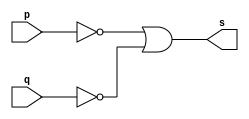
//--------------------------------------
//Exercicio0004 - NAND DeMorgan
//Nome: Mateus Guilherme do Carmo Cruz
//Matrcula: 427446
//---------------------------------------

//------------------
//-- NAND gate
//------------------

module nandgate(output s,
						input p,
						input q);
	assign s = ~p | ~q;
endmodule//nandgate

//--------------------
//-- test nand gate
//--------------------

module testnandgate;
	//------------ definir dados
	reg a,b;	//definir registradores
	wire s;	//conexo(fio)
	
	//------------------- instancia
	nandgate NAND1(s,a,b);
	
	//-------------------preparacao
	initial begin:start
		a=0;b=0;
	end
	
	//-------------------parte principal
	initial begin
		$display("Exercicio0004 - Mateus Guilherme do Carmo Cruz - 427446");
		$display("Test NAND gate com DeMorgan");
		$display("\na ~& b = s\n");
		$monitor("%b ~& %b = %b",a,b,s);
		#1 a=0;b=1;
		#1 a=1;b=0;
		#1 a=1;b=1;
	end

endmodule//testnandgate